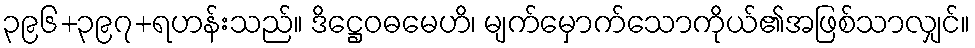
၃၉၆+၃၉၇+ရဟန်းသည်။ ဒိဋ္ဌေဝဓမေဟိ၊ မျက်မှောက်သောကိုယ်၏အဖြစ်သာလျှင်။